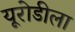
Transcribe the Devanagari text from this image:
यूरोडीला